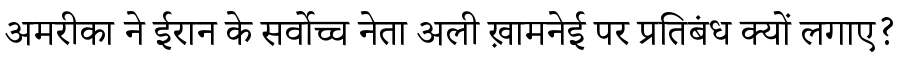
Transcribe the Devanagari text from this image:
अमरीका ने ईरान के सर्वोच्च नेता अली ख़ामनेई पर प्रतिबंध क्यों लगाए?